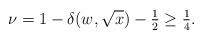
LaTeX: \begin{align*} \nu = 1-\delta (w,\sqrt x) -\tfrac12 \ge \tfrac14 .\end{align*}